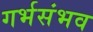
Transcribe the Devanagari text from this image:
गर्भसंभव